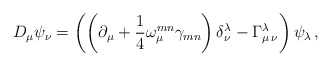
\begin{align*}D_\mu \psi_\nu = \left( \left( \partial_\mu +\frac{1}{4} \omega_\mu^{m n} \gamma_{m n} \right)\delta_\nu^\lambda - \Gamma_{\mu \, \nu}^\lambda \right)\psi_\lambda\,,\end{align*}